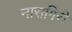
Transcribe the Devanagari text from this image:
नारागिरी